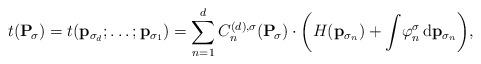
LaTeX: \begin{align*}t(\mathbf{P}_{\!\sigma}) = t(\mathbf{p}_{\sigma_d};\ldots;\mathbf{p}_{\sigma_1}) = \sum_{n=1}^{d} C_{n}^{(d), \sigma}(\mathbf{P}_{\!\sigma}) \cdot\bigg(H(\mathbf{p}_{\sigma_{n}}) + \int\! \varphi_n^{\sigma}\,\mathrm{d}\mathbf{p}_{\sigma_n}\bigg),\end{align*}